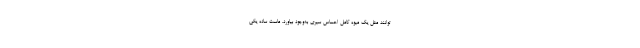
‌توانند مثل یک میوه کامل احساس سیری به‌وجود بیاورد. ماست ساده یکی